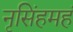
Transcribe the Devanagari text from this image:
नृसिंहमहं